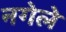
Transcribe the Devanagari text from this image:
नगेले